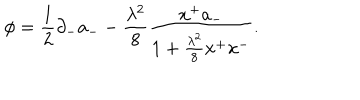
\phi = { \frac { 1 } { 2 } } \partial _ { - } a _ { -- } { \frac { \lambda ^ { 2 } } { 8 } } { \frac { x ^ { + } a _ { - } } { 1 + { \frac { \lambda ^ { 2 } } { 8 } } x ^ { + } x ^ { - } } } .